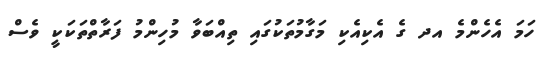
ހަމަ އެހެންމެ އދ ގެ އެކިއެކި މަގާމުތަކުގައި ތިއްބަވާ މުހިންމު ފަރާތްތަކަކީ ވެސް